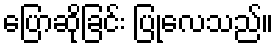
ပြောဆိုခြင်း ပြုလေသည်။